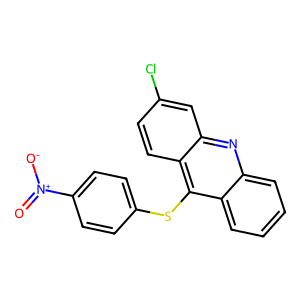
SMILES: O=[N+]([O-])c1ccc(Sc2c3ccccc3nc3cc(Cl)ccc23)cc1
Inhibits HIV replication: No